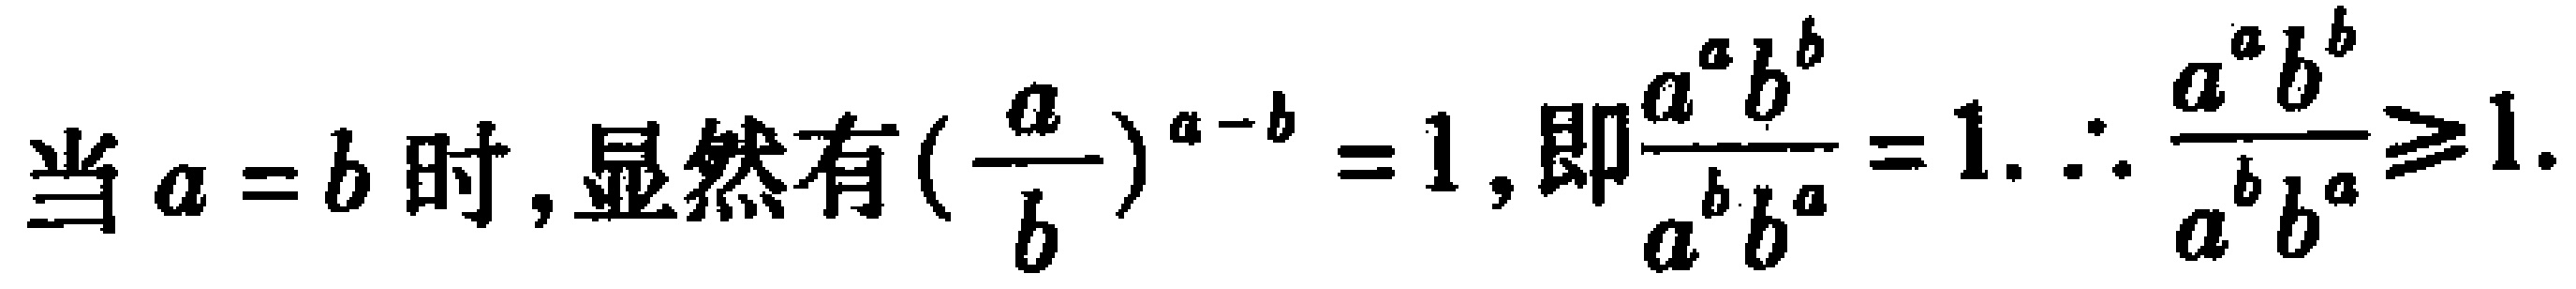
当 \(a = b\) 时, 显然有 \((\frac{a}{b})^{a - b} = 1\), 即\(\frac{a^{a}b^{b}}{a^{b}b^{a}} = 1\). \(\therefore \frac{a^{a}b^{b}}{a^{b}b^{a}}\geq 1\).